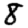
Digit: 8